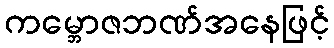
ကမ္ဘောဇဘဏ်အနေဖြင့်